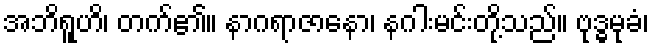
အဘိရူဟိ၊ တက်၏။ နာဂရာဇာနော၊ နဂါးမင်းတို့သည်။ ဗုဒ္ဓမုခံ၊